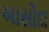
બાસૌદા